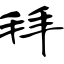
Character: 拜